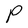
Character: P